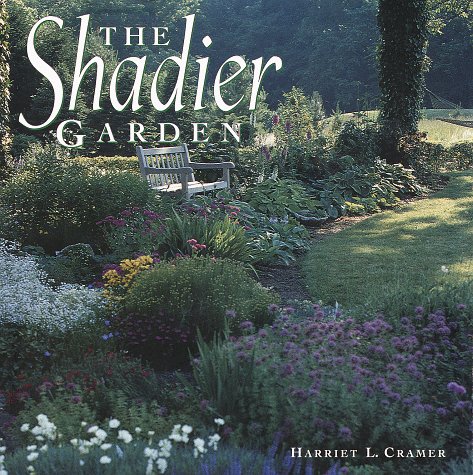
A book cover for The Shadier Garden; Rh Value Publishing; Crafts, Hobbies & Home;